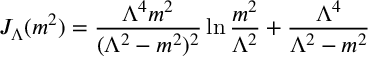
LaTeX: J _ { \Lambda } ( m ^ { 2 } ) = { \frac { \Lambda ^ { 4 } m ^ { 2 } } { ( \Lambda ^ { 2 } - m ^ { 2 } ) ^ { 2 } } } \ln { \frac { m ^ { 2 } } { \Lambda ^ { 2 } } } + { \frac { \Lambda ^ { 4 } } { \Lambda ^ { 2 } - m ^ { 2 } } }